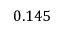
0 . 1 4 5